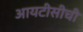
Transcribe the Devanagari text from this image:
आयटीसीची